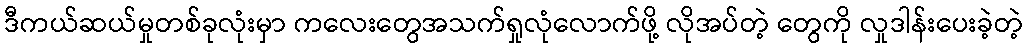
ဒီကယ်ဆယ်မှုတစ်ခုလုံးမှာ ကလေးတွေအသက်ရှုလုံလောက်ဖို့ လိုအပ်တဲ့ တွေကို လှုဒါန်းပေးခဲ့တဲ့